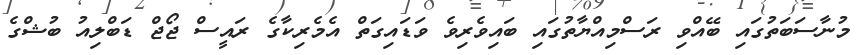
މުނާސަބަތުގައި ބޭއްވި ރަސްމިއްޔާތުގައި ބައިވެރިވެ ވަޑައިގަތް އެމެރިކާގެ ރައީސް ޖޯޖް ޑަބްލިއު ބުޝްގެ